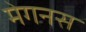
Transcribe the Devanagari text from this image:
मेगनस